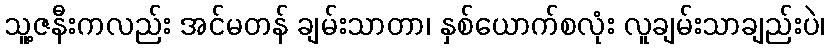
သူ့ဇနီးကလည်း အင်မတန် ချမ်းသာတာ၊ နှစ်ယောက်စလုံး လူချမ်းသာချည်းပဲ၊